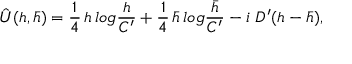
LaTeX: \hat { U } ( h , \bar { h } ) = { \frac { 1 } { 4 } } \, h \, l o g { \frac { h } { C ^ { \prime } } } + { \frac { 1 } { 4 } } \, \bar { h } \, l o g { \frac { \bar { h } } { C ^ { \prime } } } - i \ D ^ { \prime } ( h - \bar { h } ) ,